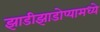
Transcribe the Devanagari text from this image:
झाडीझाडोप्यामध्ये